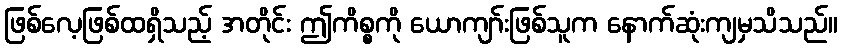
ဖြစ်လေ့ဖြစ်ထရှိသည့် အတိုင်း ဤကိစ္စကို ယောကျာ်းဖြစ်သူက နောက်ဆုံးကျမှသိသည်။